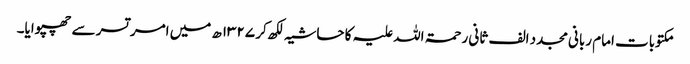
مکتوبات امام ربانی مجدد الف ثانی رحمۃ اللہ علیہ کا حاشیہ لکھ کر ۱۳۲۷ھ میں امر تسر سے چھپوایا۔